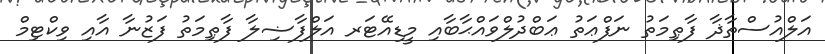
އަލްއުސްތާޛާ ފާޠިމަތު ނަފްޢަތު ޢަބްދުލްވައްޙާބާއި މީޑިއޭޓަރ އަލްފާޟިލާ ފާޠިމަތު ފަޒުނާ އާއި ވިކްޓިމް